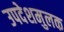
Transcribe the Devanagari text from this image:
उपदेशमुलक